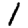
Digit: 1